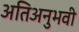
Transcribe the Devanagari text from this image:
अतिअनुभवी